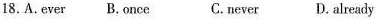
18. A.ever B.once C.never D.already